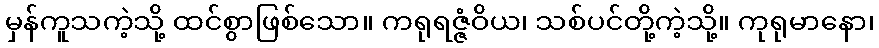
မှန်ကူသကဲ့သို့ ထင်စွာဖြစ်သော။ ကရုရဇ္ဇံဝိယ၊ သစ်ပင်တို့ကဲ့သို့။ ကုရုမာနော၊